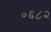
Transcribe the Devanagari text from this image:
०६८२